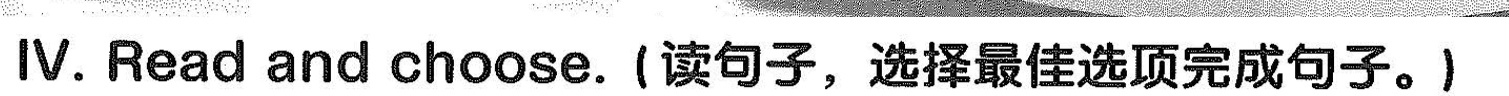
Ⅳ.Read and choose.〔读句子,逃择最佳难项完成句子. ( )1.Cius only wank_ A. yellow checsel 3. Hiun gherseC.Cheese ( :2,Cìus __beans,tcmstes er gasta. A.would like IB. Wank. c. would not ike 〔 Ciudcrella madc some A. pusta B.Soup___C. Bcats_ ( )4.Cinderella addad sarme chese n the A.pustm B. BcansC. Saup ( )5.Cius ar up all the _ A. pasta aad beans H, beans wd to matocs C.saup with eheuw: